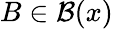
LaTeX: B\in{\mathcal{B}}(x)